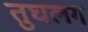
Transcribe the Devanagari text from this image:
तुघलग